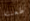
طعنته